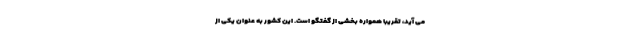
می آید، تقریبا همواره بخشی از گفتگو است. این کشور به عنوان یکی از